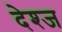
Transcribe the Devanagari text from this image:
देश्ज